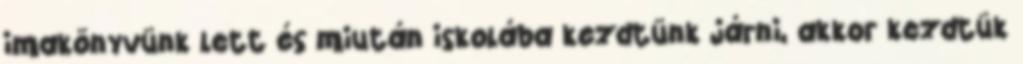
imakönyvünk lett és miután iskolába kezdtünk járni, akkor kezdtük